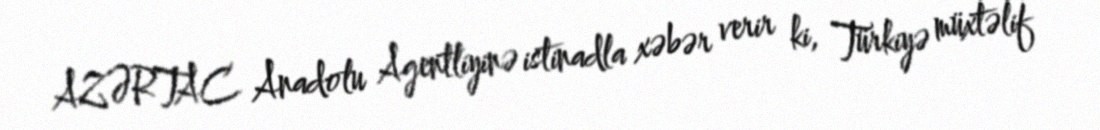
AZƏRTAC Anadolu Agentliyinə istinadla xəbər verir ki, Türkiyə müxtəlif